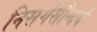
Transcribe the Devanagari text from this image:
निसर्गसौन्दर्य